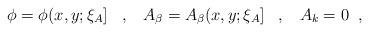
LaTeX: \begin{align*} \phi=\phi(x,y;\xi_{A}] \;\;\;,\;\;\; A_{\beta}=A_{\beta}(x,y;\xi_{A}] \;\;\;, \;\;\; A_{k}=0 \;\;,\end{align*}